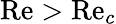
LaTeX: \mathrm{Re}>\mathrm{Re}_{c}